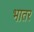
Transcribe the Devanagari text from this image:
भातर